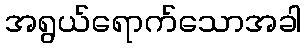
အရွယ်ရောက်သောအခါ